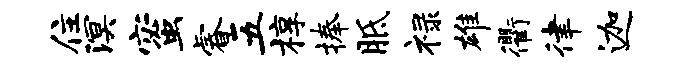
住溟蜜睿五椁捧胝禄雄衢律迦